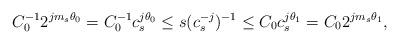
LaTeX: \begin{align*} C_0^{-1}2^{jm_s\theta_0}=C_0^{-1}c_s^{j\theta_0}\leq s(c_s^{-j})^{-1}\leq C_0 c_s^{j\theta_1}=C_0 2^{jm_s\theta_1},\end{align*}